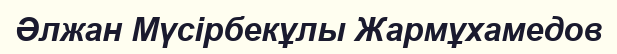
Әлжан Мүсірбекұлы Жармұхамедов